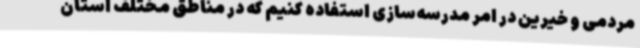
مردمی و خیرین در امر مدرسه‌سازی استفاده کنیم که در مناطق مختلف استان